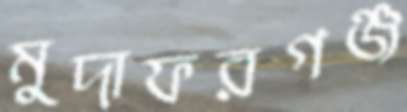
মুদাফরগঞ্জ